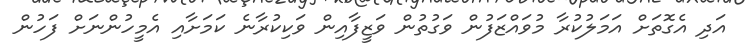
އަދި އެގޮތަށް އަމަލުކުރާ މުވައްޒަފުން ވަގުތުން ވަޒީފާއިން ވަކިކުރާނެ ކަމަށާއި އެމީހުންނަށް ފަހުން